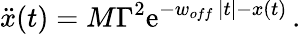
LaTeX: \ddot{x}(t)=M\Gamma^{2}\mathrm{e}^{-w_{off}\, |t|-x(t)}\, .